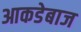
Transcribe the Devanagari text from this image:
आकडेबाज